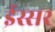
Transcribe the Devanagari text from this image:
ईस्सर